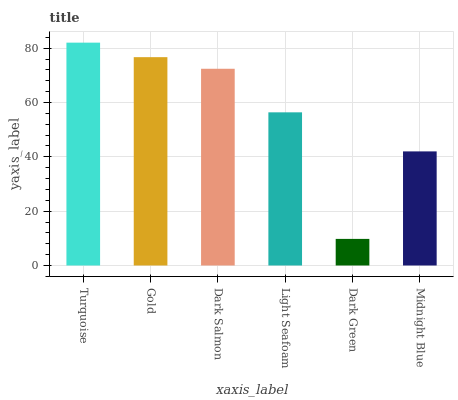
| xaxis_label | bars |
 | --- | --- |
 | Turquoise | 82 |
 | Gold | 76.7 |
 | Dark Salmon | 72.4 |
 | Light Seafoam | 56.4 |
 | Dark Green | 9.79 |
 | Midnight Blue | 42 |